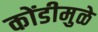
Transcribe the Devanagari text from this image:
कोंडीमुळे